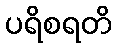
ပရိစရတိ